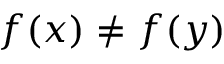
f \! \left( x \right) \neq f \! \left( y \right)